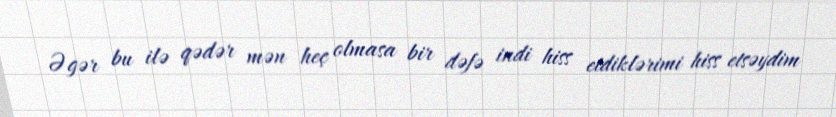
Əgər bu ilə qədər mən heç olmasa bir dəfə indi hiss etdiklərimi hiss etsəydim